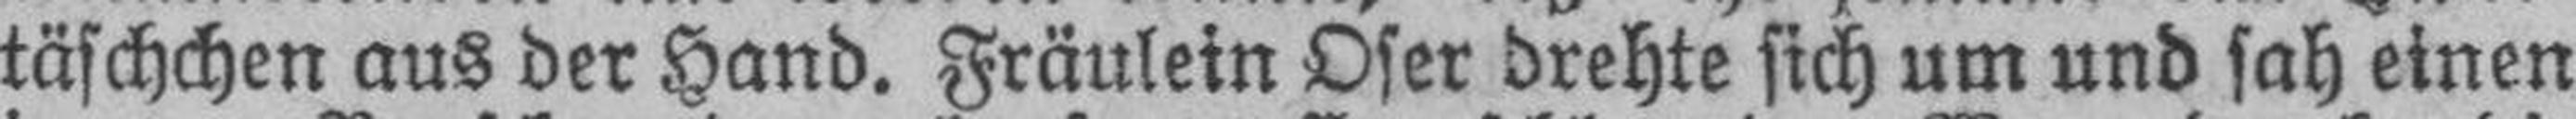
täschchen aus der Hand. Fräulein Oser drehte sich um und sah einen